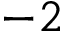
- 2